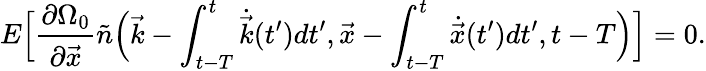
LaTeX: E\Big[\frac{\partial\Omega_{0}}{\partial\vec{x}}\tilde{n}\Big(\vec{k}-\int_{t-T}^{t}\dot{\vec{k}}(t^{\prime})dt^{\prime},\vec{x}-\int_{t-T}^{t}\dot{\vec{x}}(t^{\prime})dt^{\prime},t-T\Big)\Big]=0.